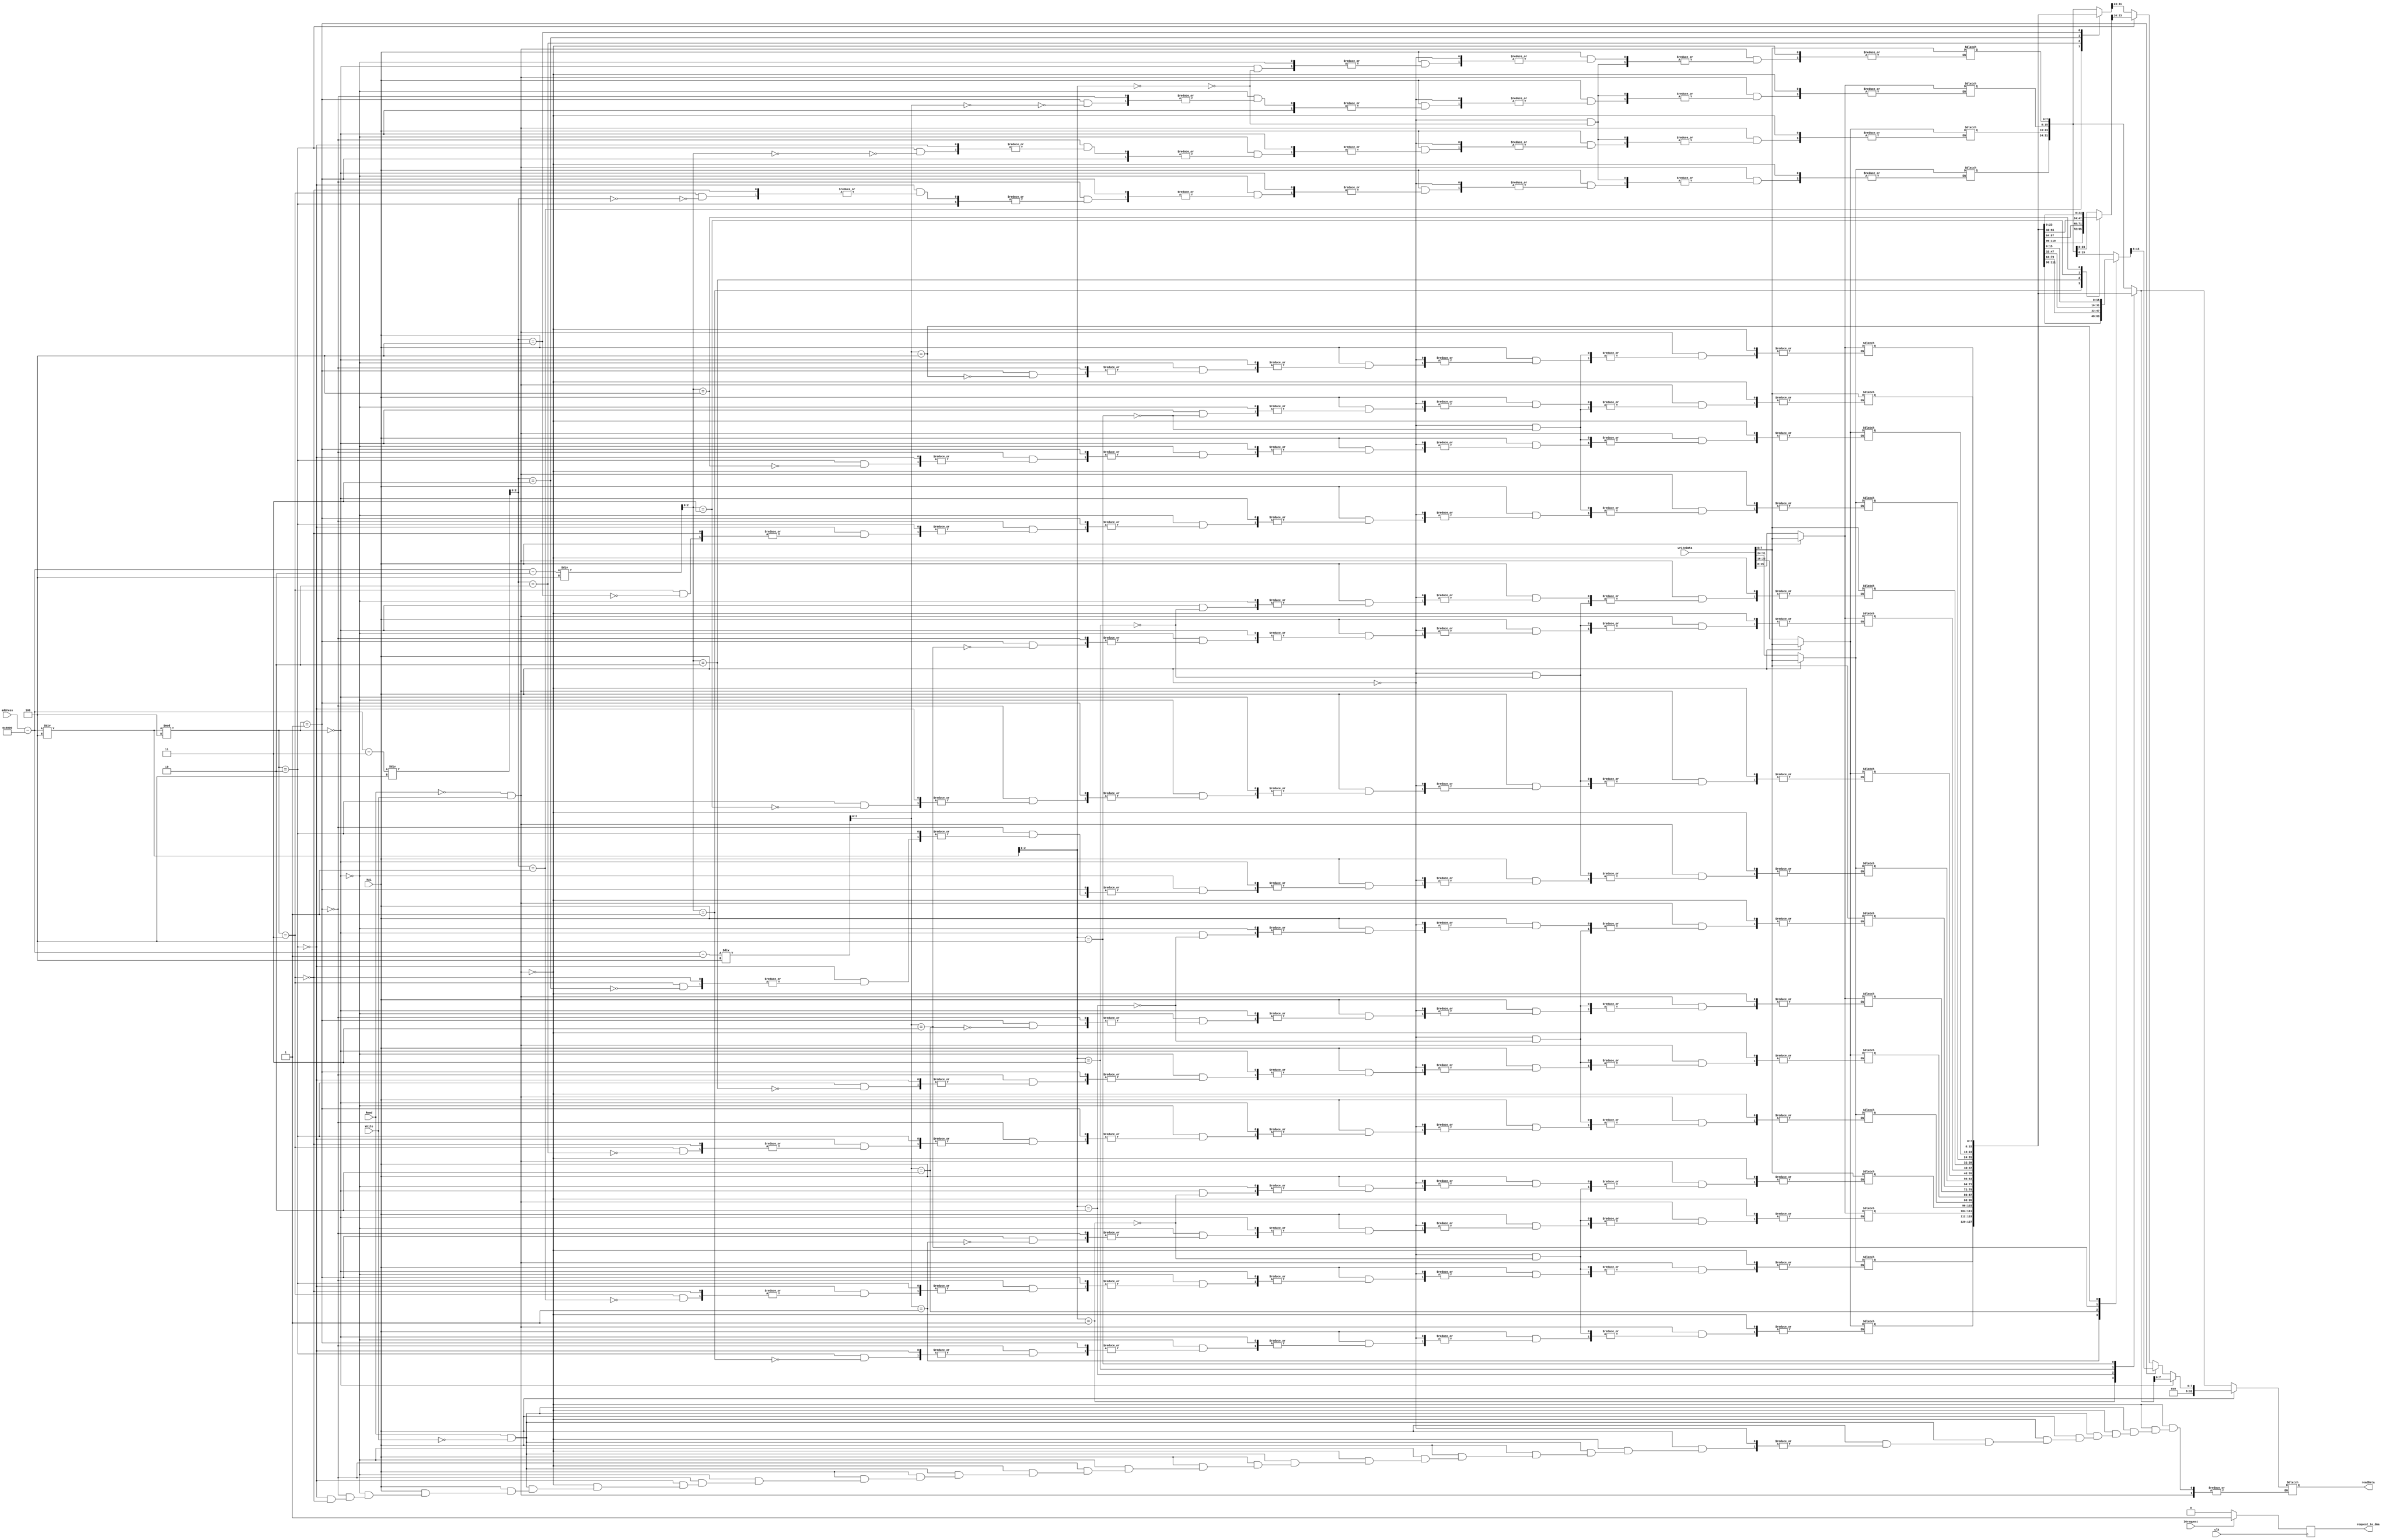
module io1(IOrequest,clk,readData,address,writeData,Read,Write,HAL,request_to_dma);//keyboard 
input[31:0]address;
input [31:0]writeData;
input Read,Write,HAL  ; 
output reg [31:0] readData;
reg [31:0]io1[0:4];
input IOrequest,clk;
output reg request_to_dma;

always@(posedge clk)
begin
if(IOrequest)request_to_dma=1;
else request_to_dma=0;
end

always @(address) 
begin

if(Read == 0 && Write == 1)
begin 
if(HAL != 1)
begin
io1[(address-32768)/4] <= writeData;  // note address calculation
end
else if(HAL)
begin
if(((address-32768)/4)%4 == 0)io1[(address-32768)/4][7:0] <= writeData;
else if(((address-32768)/4)%4 == 1)io1[((address-32768)-1)/4][15:8] <= writeData;
else if(((address-32768)/4)%4 == 2)io1[((address-32768)-2)/4][23:16] <= writeData;
else if(((address-32768)/4)%4 == 3)io1[((address-32768)-3)/4][31:24] <= writeData;
end

end

else if(Read == 1 && Write == 0)
begin
if(HAL != 1)
begin
readData = io1[(address-32768)/4];   // note dividing by 4
end
else if(HAL)
begin
if(((address-32768)/4)%4 == 0)readData=io1[(address-32768)/4][7:0];
else if(((address-32768)/4)%4 == 1)readData=io1[((address-32768)-1)/4][15:8];
else if(((address-32768)/4)%4 == 2)readData=io1[((address-32768)-2)/4][23:16];
else if(((address-32768)/4)%4 == 3)readData=io1[((address-32768)-3)/4][31:24];
end
end

else 
begin

readData = 32'hxxxxxxxx;
end
end
endmodule